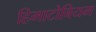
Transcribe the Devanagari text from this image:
हिमाटोबियम